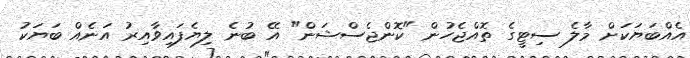
އެއްބަޔަކަށް މާލެ ސިޓީގެ ތޮއްޖެހުން "ކޮންޖެސްޝަން" އޭ ބުނެ ލިޔެފައިވާއިރު އަނެއް ބަޔަކު